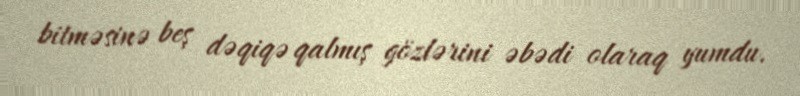
bitməsinə beş dəqiqə qalmış gözlərini əbədi olaraq yumdu.